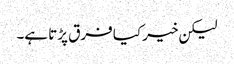
لیکن خیر کیا فرق پڑتا ہے۔